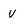
Character: V